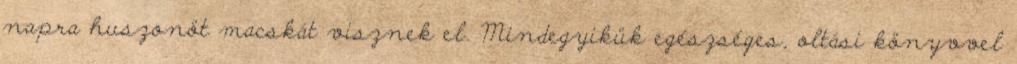
napra huszonöt macskát visznek el. Mindegyikük egészséges, oltási könyvvel